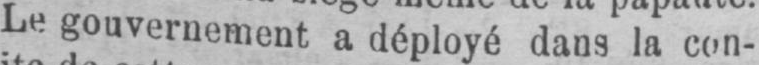
Le gouvernement a déployé dans la con-